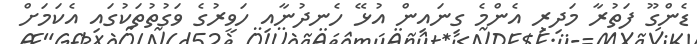
ޑެންގޫ ފަތުރާ މަދިރި އެންމެ ގިނައިން އުޅޭ ހެނދުނާއި ހަވީރުގެ ވަގުތުތަކުގައި އެކަމަށް